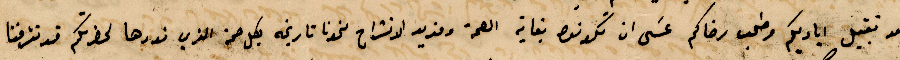
بعد تقبيل اياديكم وطلب رضاكم عسى ان تكونو بغاية الصحة وفريد الانشراح نحونا تاريخه بكل صحة الذي نودها لحضرتكم قد تشرفنا